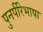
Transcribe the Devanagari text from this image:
पुनर्परिभाषा